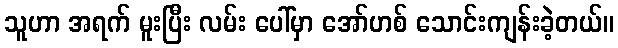
သူဟာ အရက် မူးပြီး လမ်း ပေါ်မှာ အော်ဟစ် သောင်းကျန်းခဲ့တယ်။